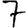
Digit: 7